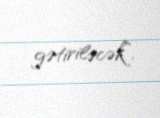
gətiriləcək”.